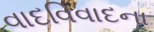
વાદવિવાદના